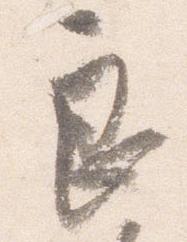
良